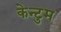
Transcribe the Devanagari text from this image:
केन्टुम